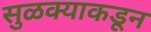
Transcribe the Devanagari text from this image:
सुळक्याकडून